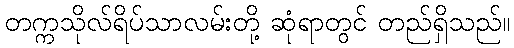
တက္ကသိုလ်ရိပ်သာလမ်းတို့ ဆုံရာတွင် တည်ရှိသည်။